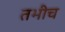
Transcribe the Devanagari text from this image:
तभीच